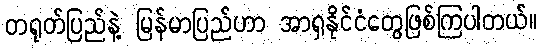
တရုတ်ပြည်နဲ့ မြန်မာပြည်ဟာ အာရှနိုင်ငံတွေဖြစ်ကြပါတယ်။